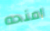
امنحه